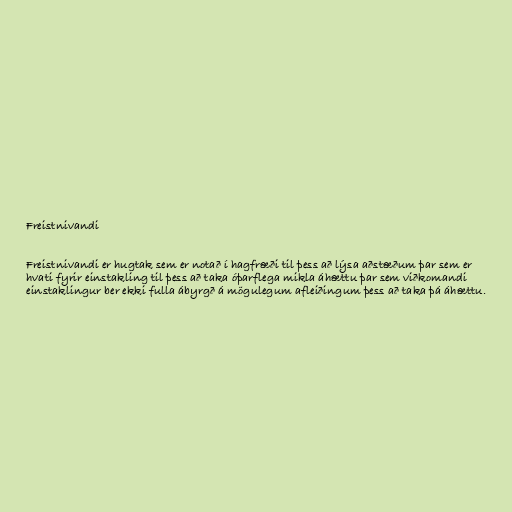
Freistnivandi

Freistnivandi er hugtak sem er notað í hagfræði til þess að lýsa aðstæðum þar sem er
hvati fyrir einstakling til þess að taka óþarflega mikla áhættu þar sem viðkomandi
einstaklingur ber ekki fulla ábyrgð á mögulegum afleiðingum þess að taka þá áhættu.